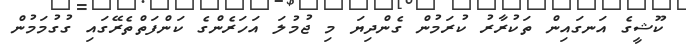
ކޫޝީގެ އަނގައިން ތަކުރާރު ކުރަމުން ގެންދިޔަ މި ޖުމުލަ އަހަރެންގެ ކަންފަތްތެރޭގައި ގުގުމަމުން